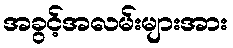
အခွင့်အလမ်းများအား